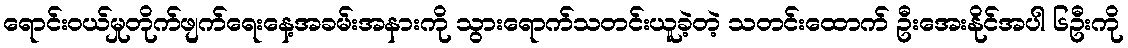
ရောင်းဝယ်မှုတိုက်ဖျက်ရေးနေ့အခမ်းအနားကို သွားရောက်သတင်းယူခဲ့တဲ့ သတင်းထောက် ဦးအေးနိုင်အပါ ၆ဦးကို